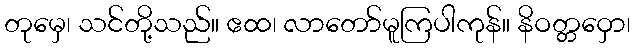
တုမှေ၊ သင်တို့သည်။ ဧထ၊ လာတော်မူကြပါကုန်။ နိဝတ္တဝှော၊